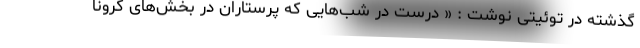
گذشته در توئیتی نوشت : « درست در شب‌هایی که پرستاران در بخش‌های کرونا